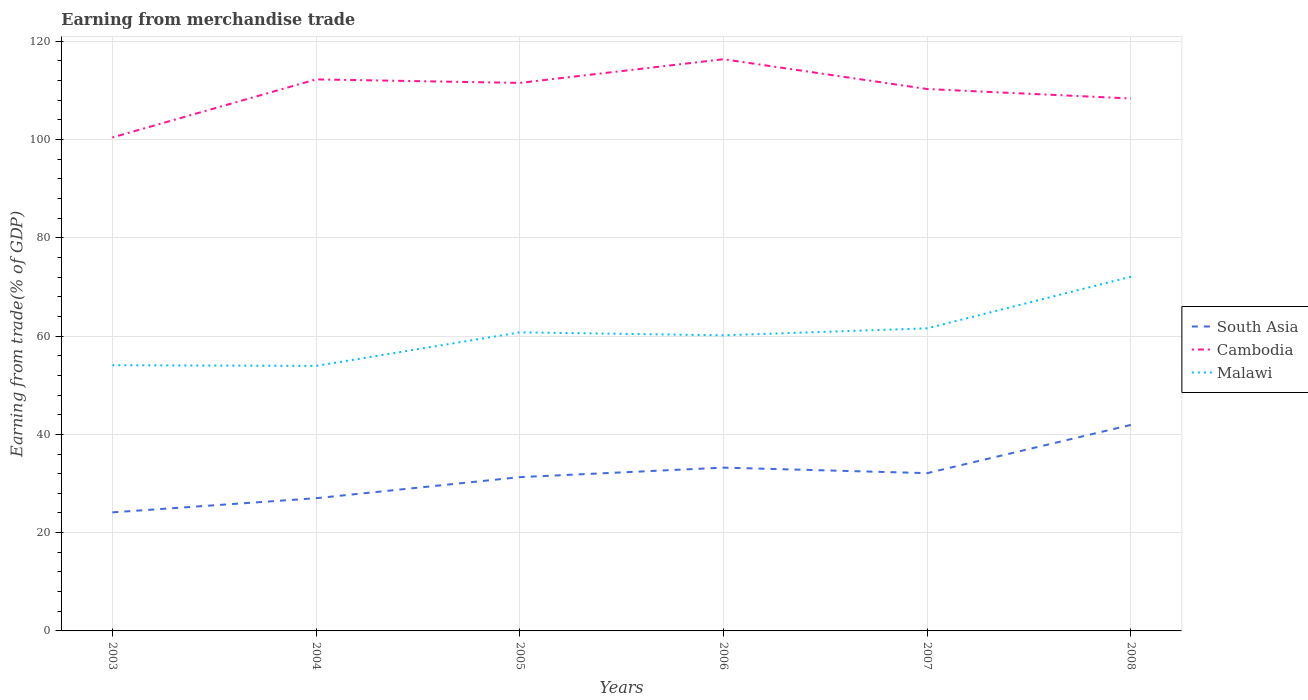
| Years | South Asia | Cambodia | Malawi |
 | --- | --- | --- | --- |
 | 2003 | 24.1 | 100 | 54.1 |
 | 2004 | 27 | 112 | 53.9 |
 | 2005 | 31.3 | 112 | 60.8 |
 | 2006 | 33.2 | 116 | 60.2 |
 | 2007 | 32.1 | 110 | 61.6 |
 | 2008 | 41.9 | 108 | 72.1 |